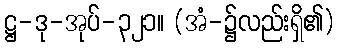
ဋ္ဌ-ဒု-အုပ်-၃၂၁။ (အံ-၌လည်းရှိ၏)